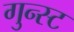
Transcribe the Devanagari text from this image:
गुन्स्ट